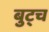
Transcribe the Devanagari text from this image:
बुट्च